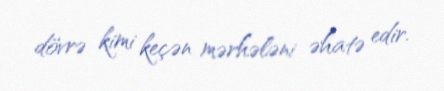
dövrə kimi keçən mərhələni əhatə edir.